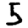
Digit: 5